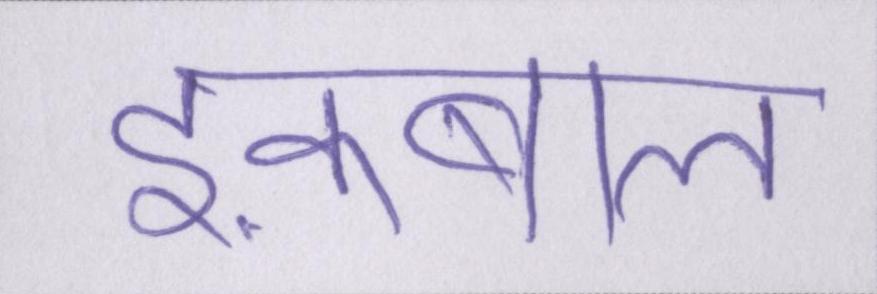
इक़बाल